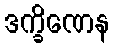
ဒက္ခိဏေန